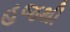
હજથી